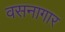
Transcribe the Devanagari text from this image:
वसनागार